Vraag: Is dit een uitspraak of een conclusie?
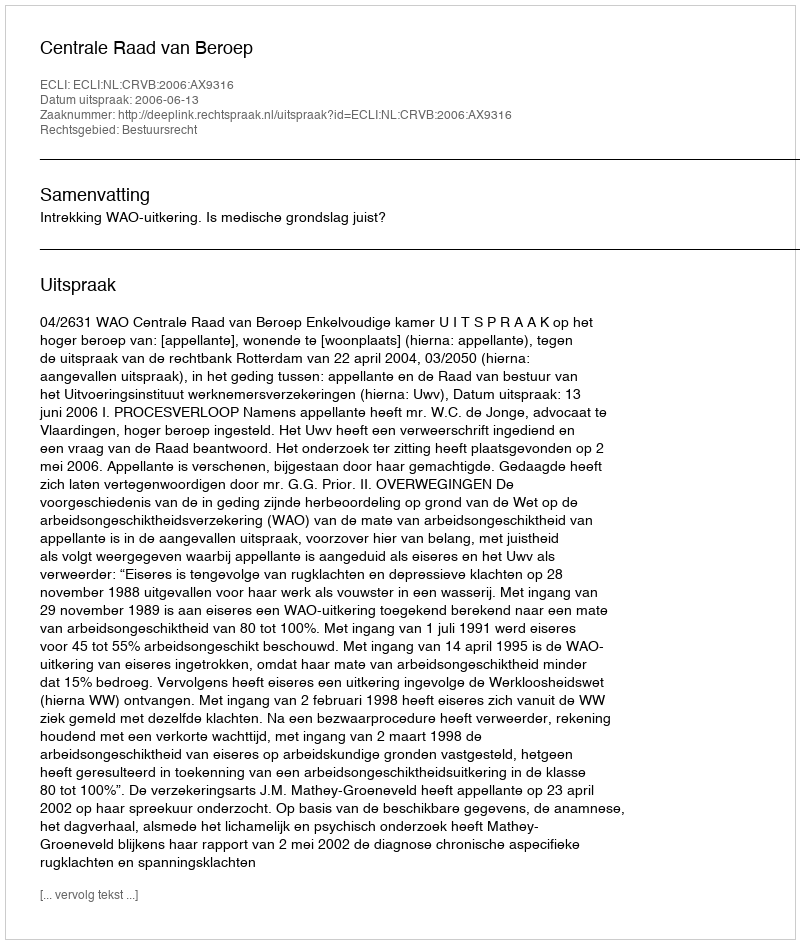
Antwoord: Uitspraak